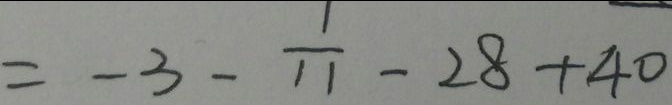
= - 3 - \frac { 1 } { 1 1 } - 2 8 + 4 0